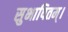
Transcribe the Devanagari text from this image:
सुभाषितम्।